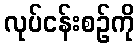
လုပ်ငန်းစဉ်ကို